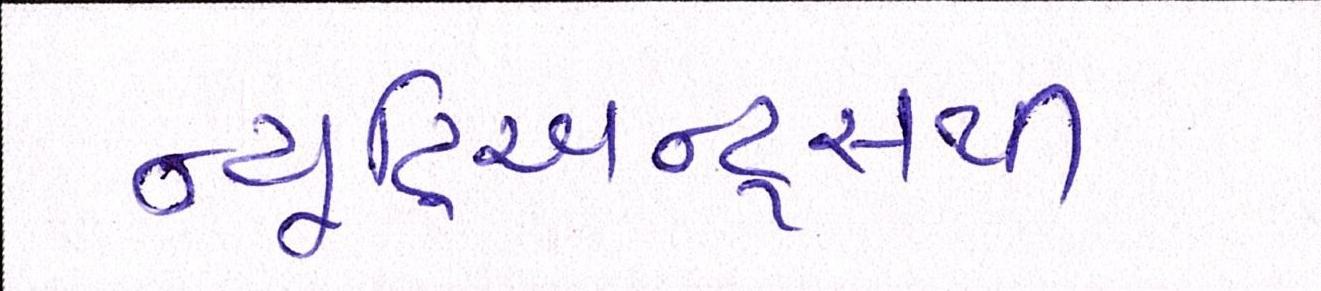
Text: ન્યૂટ્રિઅન્ટ્સથી